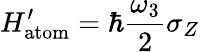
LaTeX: H_{\mathrm{atom}}^{\prime}=\hbar\frac{\omega_{3}}{2}\sigma_{Z}